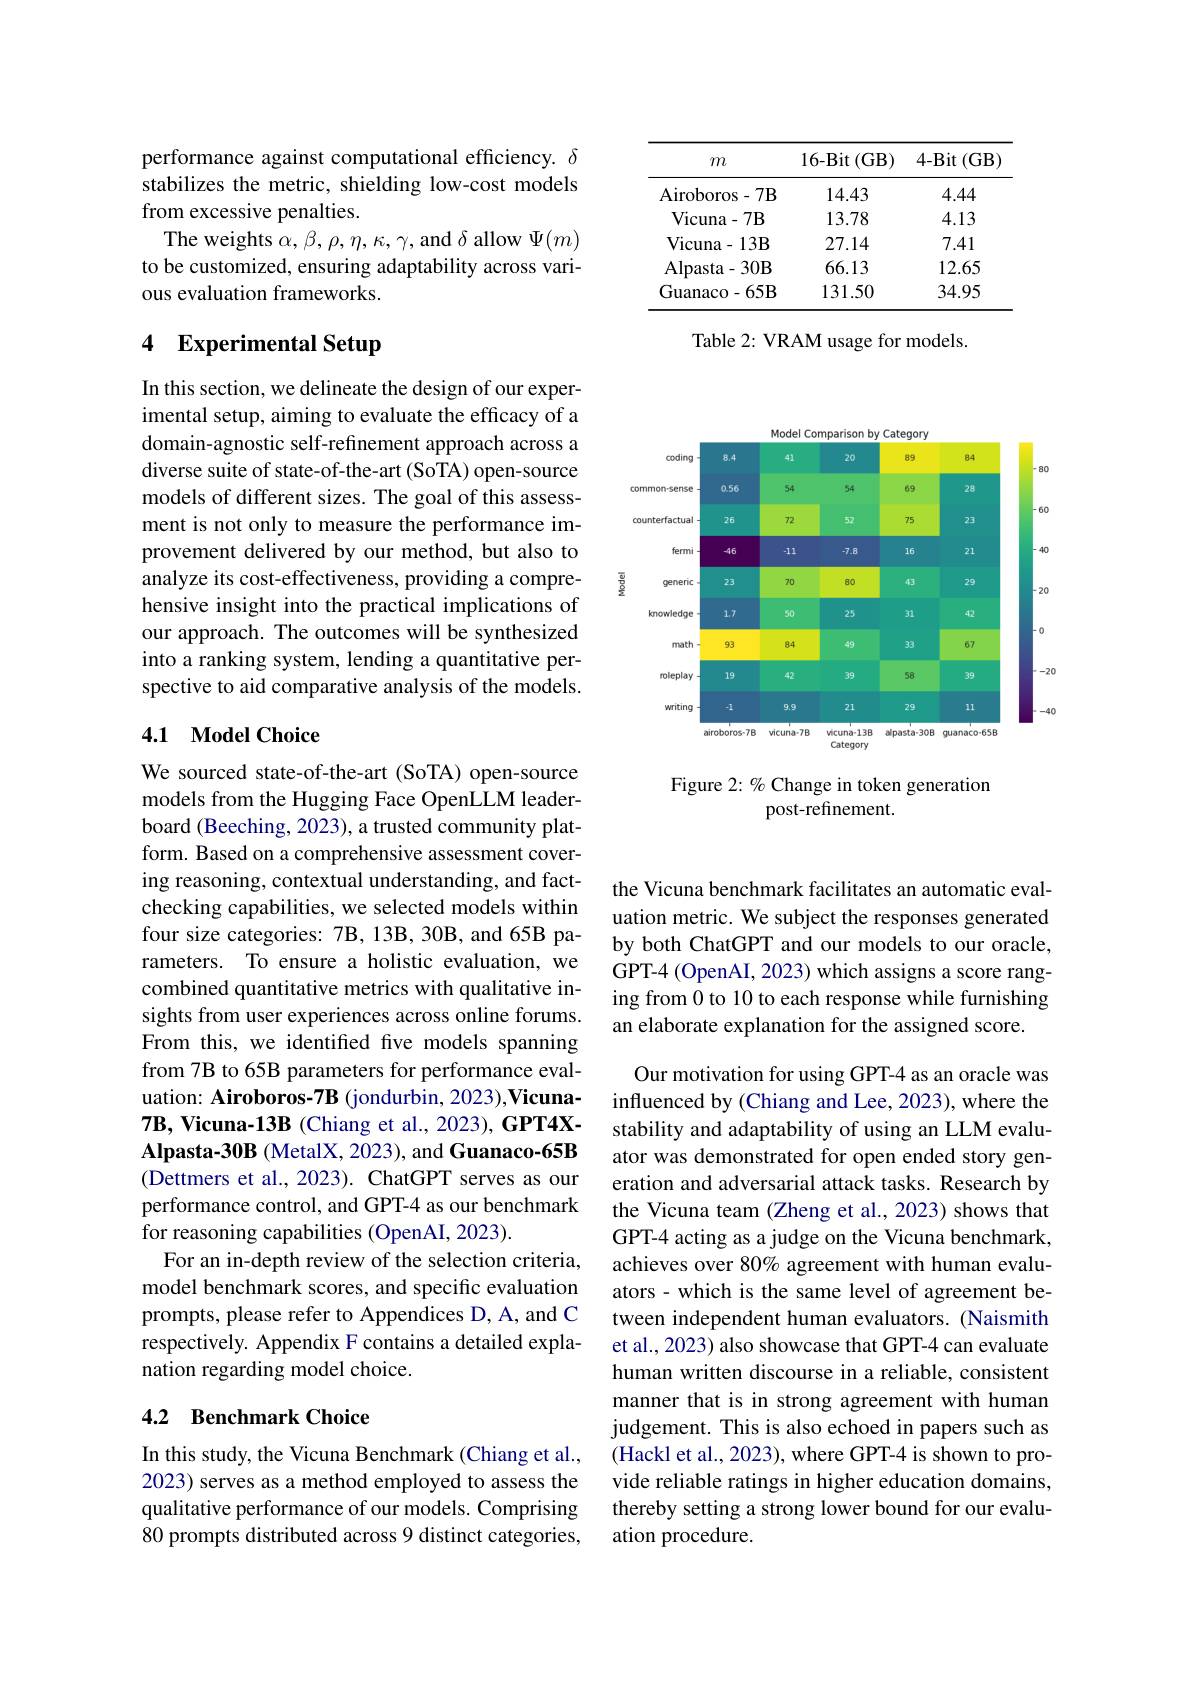
<FigureHere>

Figure 2: % Change in token generation
post-refinement.

performance against computational efficiency. $\delta$ stabilizes the metric, shielding low-cost models from excessive penalties.
The weights $\alpha,\beta,\rho,\eta,\kappa,\gamma$, and $\delta$ allow $\Psi(m)$ to be customized, ensuring adaptability across various evaluation frameworks.

# 4 Experimental Setup

In this section, we delineate the design of our experimental setup, aiming to evaluate the efficacy of a domain-agnostic self-refinement approach across a diverse suite of state-of-the-art (SoTA) open-source models of different sizes. The goal of this assessment is not only to measure the performance improvement delivered by our method, but also to analyze its cost-effectiveness, providing a comprehensive insight into the practical implications of our approach. The outcomes will be synthesized into a ranking system, lending a quantitative perspective to aid comparative analysis of the models.

## 4.1 Model Choice

We sourced state-of-the-art (SoTA) open-source models from the Hugging Face OpenLLM leaderboard (Beeching, 2023), a trusted community platform. Based on a comprehensive assessment covering reasoning, contextual understanding, and factchecking capabilities, we selected models within four size categories: 7B, 13B, 30B, and 65B parameters. To ensure a holistic evaluation, we combined quantitative metrics with qualitative insights from user experiences across online forums. From this, we identifed five models spanning from 7B to 65B parameters for performance evaluation: Airoboros-7B (jondurbin, 2023),Vicuna- 7B, Vicuna-13B (Chiang et al., 2023), GPT4XAlpasta-30B (MetalX, 2023), and Guanaco-65B (Dettmers et al., 2023). ChatGPT serves as our performance control, and GPT-4 as our benchmark for reasoning capabilities (OpenAI, 2023).
For an in-depth review of the selection criteria, model benchmark scores, and specific evaluation prompts, please refer to Appendices D, A, and C respectively. Appendix F contains a detailed explanation regarding model choice.

## 4.2 Benchmark Choice

In this study, the Vicuna Benchmark (Chiang et al., 2023) serves as a method employed to assess the qualitative performance of our models. Comprising 80 prompts distributed across 9 distinct categories,

<table>
	<tbody>
		<tr>
			<th>$m$</th>
			<th>16-Bit$\left(\mathrm{GB}\right)$</th>
			<th>4-Bit$\left(\mathrm{GB}\right)$</th>
		</tr>
		<tr>
			<td>Airoboros- 7B</td>
			<td>14.43</td>
			<td>4.44</td>
		</tr>
		<tr>
			<td>Vicuna- 7B</td>
			<td>13.78</td>
			<td>4.13</td>
		</tr>
		<tr>
			<td>Vicuna- 13B</td>
			<td>27.14</td>
			<td>7.41</td>
		</tr>
		<tr>
			<td>Alpasta- 30B</td>
			<td>66.13</td>
			<td>12.65</td>
		</tr>
		<tr>
			<td>Guanaco- 65B</td>
			<td>131.50</td>
			<td>34.95</td>
		</tr>
	</tbody>
</table>

Table 2: VRAM usage for models.

the Vicuna benchmark facilitates an automatic evaluation metric. We subject the responses generated by both ChatGPT and our models to our oracle, GPT-4 (OpenAI, 2023) which assigns a score ranging from 0 to 10 to each response while furnishing an elaborate explanation for the assigned score.

Our motivation for using GPT-4 as an oracle was influenced by (Chiang and Lee, 2023), where the stability and adaptability of using an LLM evaluator was demonstrated for open ended story generation and adversarial attack tasks. Research by the Vicuna team (Zheng et al., 2023) shows that GPT-4 acting as a judge on the Vicuna benchmark, achieves over 80% agreement with human evaluators- which is the same level of agreement between independent human evaluators. (Naismith et al., 2023) also showcase that GPT-4 can evaluate human written discourse in a reliable, consistent manner that is in strong agreement with human judgement. This is also echoed in papers such as (Hackl et al., 2023), where GPT-4 is shown to provide reliable ratings in higher education domains, thereby setting a strong lower bound for our evaluation procedure.